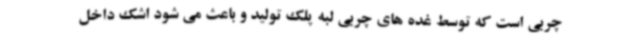
چربی است که توسط غده های چربی لبه پلک تولید و باعث می شود اشک داخل